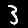
Label: 3